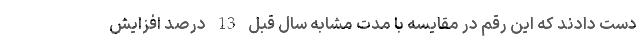
دست دادند که این رقم در مقایسه با مدت مشابه سال قبل 13 درصد افزایش